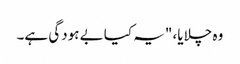
وہ چلایا، "یہ کیا بے ہودگی ہے۔